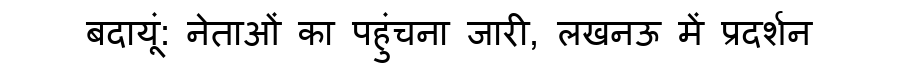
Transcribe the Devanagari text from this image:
बदायूं: नेताओं का पहुंचना जारी, लखनऊ में प्रदर्शन